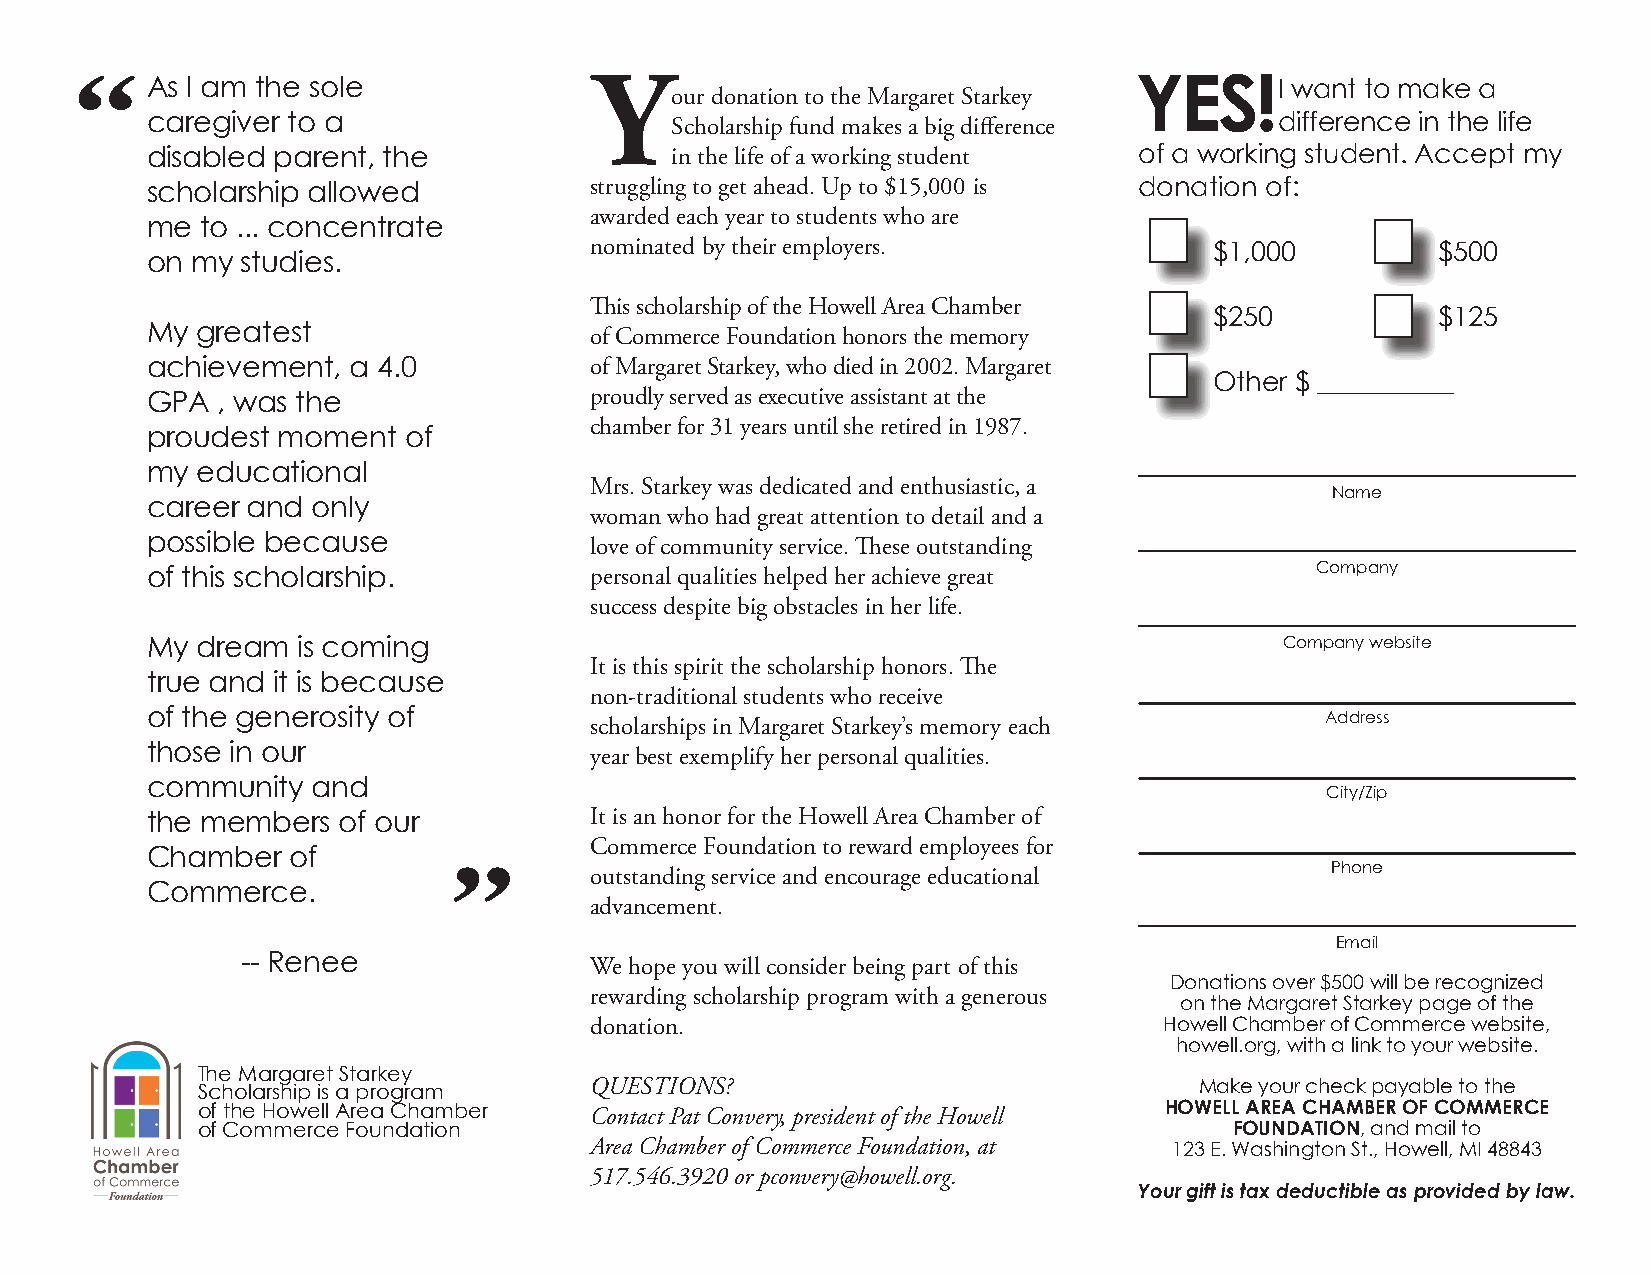
“                                 Y
 As I am the sole
 our donation to the Margaret Starkey
 YES!      I want to make a
 caregiver to a                    Scholarship fund makes a big difference  difference in the life
 disabled parent, the              in the life of a working student of a working student. Accept my
 scholarship allowed          struggling to get ahead. Up to $15,000 is donation of:
 awarded each year to students who are
 me to ... concentrate
 nominated by their employers.            $1,000         $500
 on my studies.
 This scholarship of the Howell Area Chamber
 $250           $125
 My greatest
 of Commerce Foundation honors the memory
 achievement, a 4.0           of Margaret Starkey, who died in 2002. Margaret
 Other $ __________
 GPA , was the                proudly served as executive assistant at the
 chamber for 31 years until she retired in 1987.
 proudest moment  of
 my educational
 Mrs. Starkey was dedicated and enthusiastic, a
 Name
 career and only
 woman who had great attention to detail and a
 possible because
 love of community service. These outstanding
 of this scholarship.         personal qualities helped her achieve great     Company
 success despite big obstacles in her life.
 My dream  is coming                                                        Company website
 It is this spirit the scholarship honors. The
 true and it is because
 non-traditional students who receive
 of the generosity of                                                          Address
 scholarships in Margaret Starkey’s memory each
 those in our
 year best exemplify her personal qualities.
 community  and
 City/Zip
 the members of our           It is an honor for the Howell Area Chamber of
 Commerce Foundation to reward employees for
 Chamber  of
 ”                                                         Phone
 outstanding service and encourage educational
 Commerce.
 advancement.
 Email
 -- Renee
 We hope you will consider being part of this
 Donations over $500 will be recognized
 rewarding scholarship program with a generous
 on the Margaret Starkey page of the
 donation.                             Howell Chamber of Commerce website,
 howell.org, with a link to your website.
 The Margaret Starkey
 Scholarship is a program  QUESTIONS?                              Make your check payable to the
 of the Howell Area Chamber Contact Pat Convery, president of the Howell HOWELL AREA CHAMBER OF COMMERCE
 of Commerce Foundation                                               FOUNDATION, and mail to
 Area Chamber of Commerce Foundation, at 123 E. Washington St., Howell, MI 48843
 517.546.3920 or pconvery@howell.org.
 Your gift is tax deductible as provided by law.